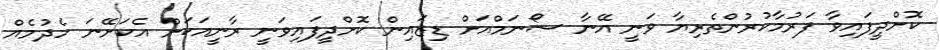
ކޮށްދީފައިވާ ފަރުމާކުރުންތެރިޔާ ވަނީ އޭނާ ސޯނަމްއަށް ޑިޒައިން ކޮށްދީފައިވަނީ ރާނީއަކަށް އެކަށޭނަ ހެދުމެއް